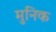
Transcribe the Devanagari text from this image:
मुनिक